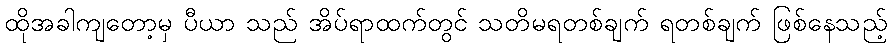
ထိုအခါကျတော့မှ ပီယာ သည် အိပ်ရာထက်တွင် သတိမရတစ်ချက် ရတစ်ချက် ဖြစ်နေသည့်